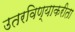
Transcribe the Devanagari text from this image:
उतरविण्याकरीता